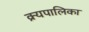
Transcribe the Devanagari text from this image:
क्र्यपालिका